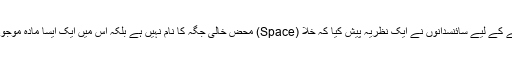
اس مسئلہ کو حل کرنے کے لیے سائنسدانوں نے ایک نظریہ پیش کیا کہ خلا (Space) محض خالی جگہ کا نام نہیں ہے بلکہ اس میں ایک ایسا مادہ موجود ہے جو نظر نہیں آتا۔